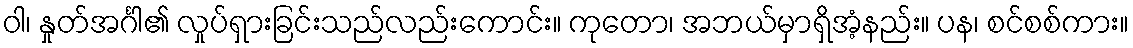
ဝါ၊ နှုတ်အင်္ဂါ၏ လှုပ်ရှားခြင်းသည်လည်းကောင်း။ ကုတော၊ အဘယ်မှာရှိအံ့နည်း။ ပန၊ စင်စစ်ကား။